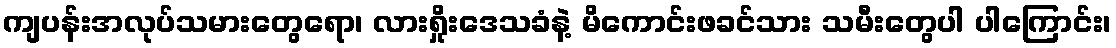
ကျပန်းအလုပ်သမားတွေရော၊ လားရှိုးဒေသခံနဲ့ မိကောင်းဖခင်သား သမီးတွေပါ ပါကြောင်း၊